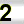
Digit: 2